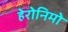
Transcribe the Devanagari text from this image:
हेरोनिमो